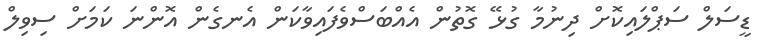
ޑީސަލް ސަޕްލައިކޮށް ދިނުމާ ގުޅޭ ގޮތުން އެއްބަސްވެފައިވާކަން އެނގެން އޮންނަ ކަމަށް ސިވިލް